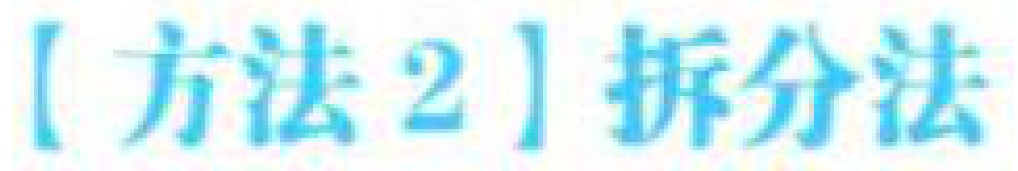
【方法2】拆分法